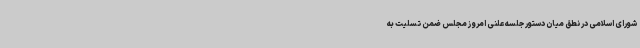
شورای اسلامی در نطق میان دستور جلسه علنی امروز مجلس ضمن تسلیت به